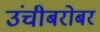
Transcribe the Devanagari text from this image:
उंचीबरोबर